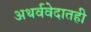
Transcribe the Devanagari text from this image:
अथर्ववेदातही